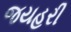
જયહરી